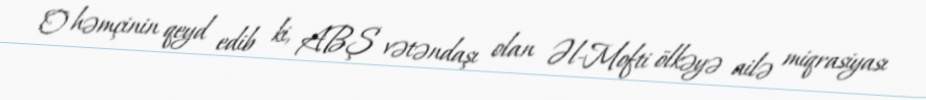
O həmçinin qeyd edib ki, ABŞ vətəndaşı olan Əl-Mofti ölkəyə ailə miqrasiyası